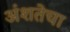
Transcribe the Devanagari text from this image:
अंशतेचा